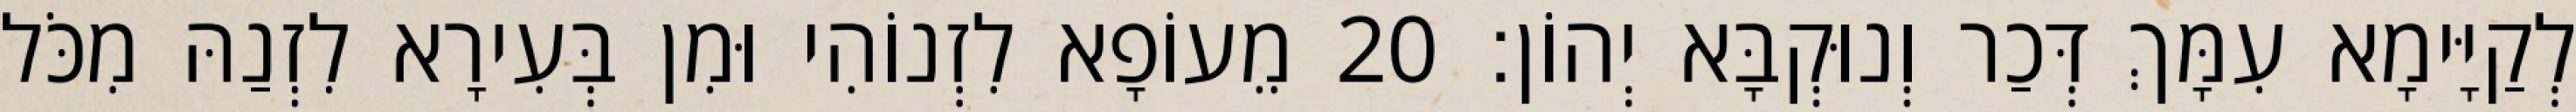
לְקַיָּימָא עִמָּךְ דְּכַר וְנוּקְבָּא יְהוֹן׃ 20 מֵעוֹפָא לִזְנוֹהִי וּמִן בְּעִירָא לִזְנַהּ מִכֹּל